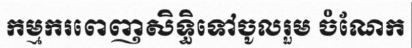
កម្មករពេញសិទ្ធិទៅចូលរួម ចំណែក